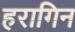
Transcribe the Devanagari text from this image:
हरागिन